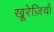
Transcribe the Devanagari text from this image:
खू़रेज़ियाँ